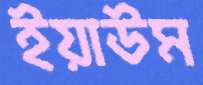
ইয়াউম